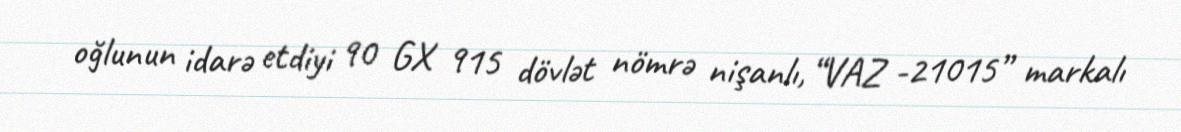
oğlunun idarə etdiyi 90 GX 915 dövlət nömrə nişanlı, “VAZ -21015” markalı